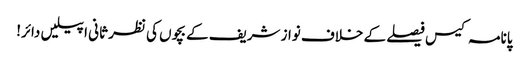
پانامہ کیس فیصلے کے خلاف نواز شریف کے بچوں کی نظر ثانی اپیلیں دائر!